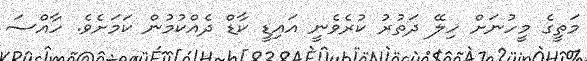
މަތީގެ މީހުނަށް ހިލޭ ދަތުރު ކުރެވެނީ އައިޑީ ކާޑް ދެއްކުމުން ކަމަށެވެ. ހާއްސަ